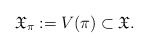
\begin{align*}\mathfrak X_\pi := V(\pi) \subset \mathfrak X.\end{align*}